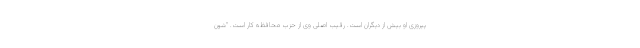
پیروزی او بیش از دیگران است. رقیب اصلی وی از حزب محافظه کار است. "شون